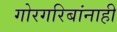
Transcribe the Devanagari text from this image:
गोरगरिबांनाही